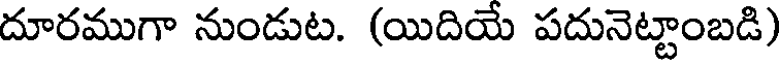
దూరముగా నుండుట. (యిదియే పదునెట్టాంబడి)